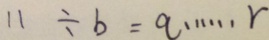
1 1 \div b = a \cdots r